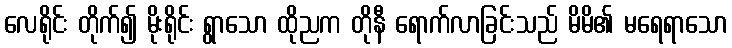
လေရိုင်း တိုက်၍ မိုးရိုင်း ရွာသော ထိုညက တိုနီ ရောက်လာခြင်းသည် မိမိ၏ မရေရာသော